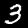
Digit: 3